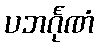
ပဘင်္ဂုဏံ